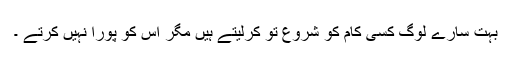
بہت سارے لوگ کسی کام کو شروع تو کرلیتے ہیں مگر اس کو پورا نہیں کرتے ۔